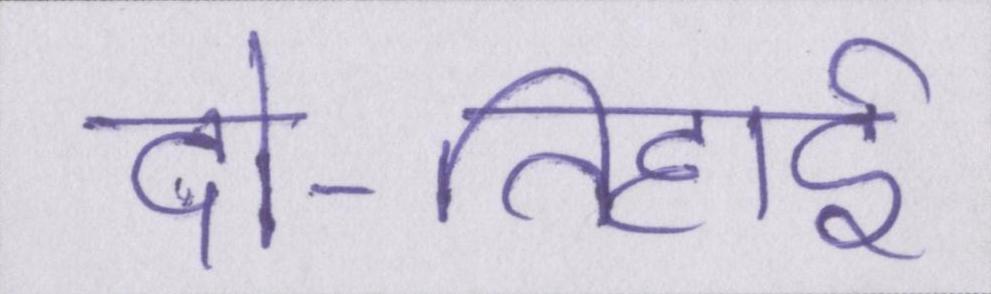
दो-तिहाई